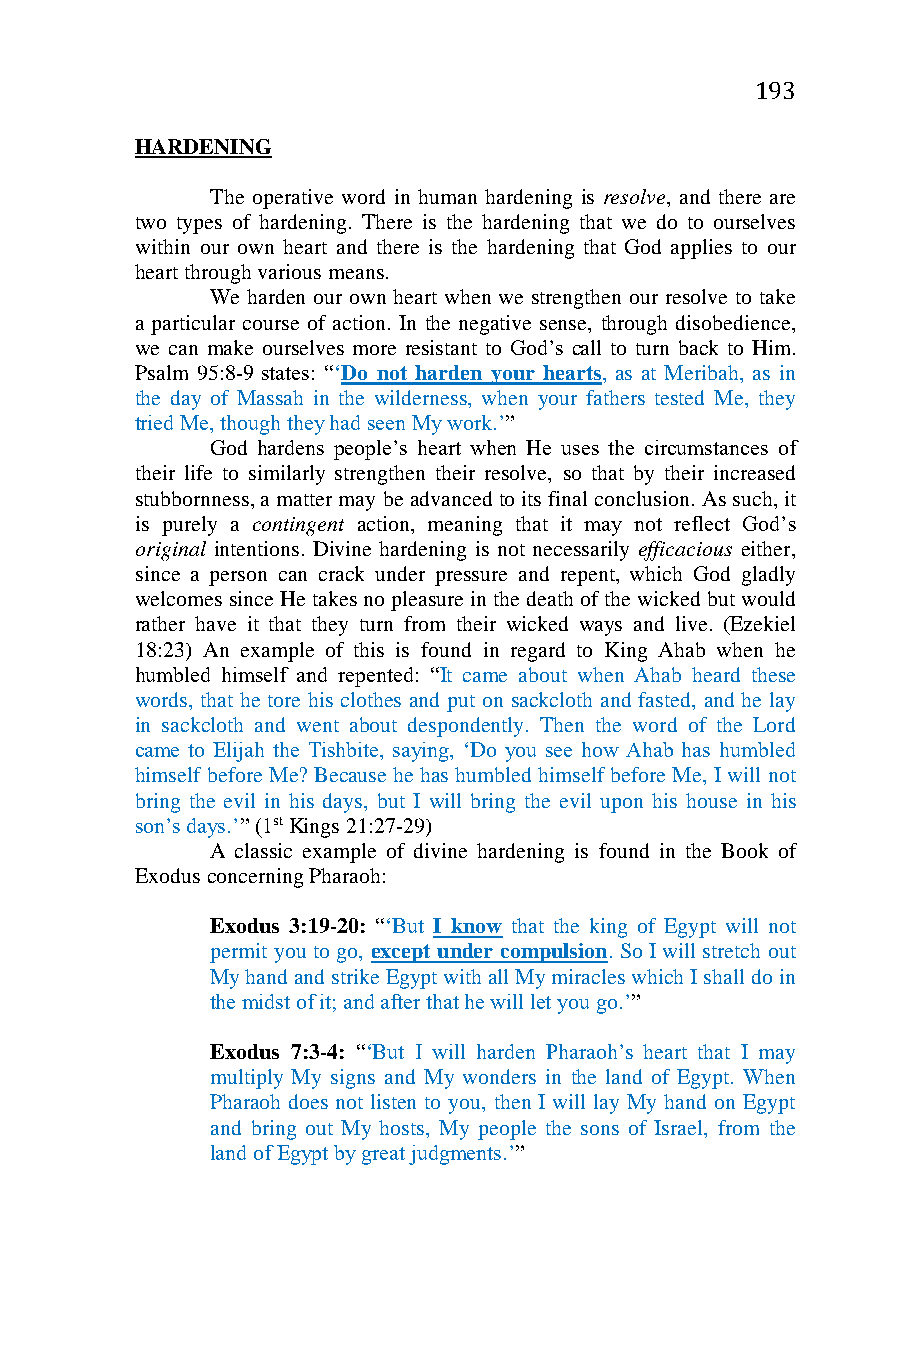
193
 HARDENING
 The operative word in human hardening is resolve, and there are
 two types of hardening. There is the hardening that we do to ourselves
 within our own heart and there is the hardening that God applies to our
 heart through various means.
 We harden our own heart when we strengthen our resolve to take
 a particular course of action. In the negative sense, through disobedience,
 we can make ourselves more resistant to God’s call to turn back to Him.
 Psalm 95:8-9 states: “‘Do not harden your hearts, as at Meribah, as in
 the day of Massah in the wilderness, when your fathers tested Me, they
 tried Me, though they had seen My work.’”
 God hardens people’s heart when He uses the circumstances of
 their life to similarly strengthen their resolve, so that by their increased
 stubbornness, a matter may be advanced to its final conclusion. As such, it
 is purely a contingent action, meaning that it may not reflect God’s
 original intentions. Divine hardening is not necessarily efficacious either,
 since a person can crack under pressure and repent, which God gladly
 welcomes since He takes no pleasure in the death of the wicked but would
 rather have it that they turn from their wicked ways and live. (Ezekiel
 18:23) An example of this is found in regard to King Ahab when he
 humbled himself and repented: “It came about when Ahab heard these
 words, that he tore his clothes and put on sackcloth and fasted, and he lay
 in sackcloth and went about despondently. Then the word of the Lord
 came to Elijah the Tishbite, saying, ‘Do you see how Ahab has humbled
 himself before Me? Because he has humbled himself before Me, I will not
 bring the evil in his days, but I will bring the evil upon his house in his
 son’s days.’” (1st Kings 21:27-29)
 A classic example of divine hardening is found in the Book of
 Exodus concerning Pharaoh:
 Exodus 3:19-20: “‘But I know that the king of Egypt will not
 permit you to go, except under compulsion. So I will stretch out
 My hand and strike Egypt with all My miracles which I shall do in
 the midst of it; and after that he will let you go.’”
 Exodus 7:3-4: “‘But I will harden Pharaoh’s heart that I may
 multiply My signs and My wonders in the land of Egypt. When
 Pharaoh does not listen to you, then I will lay My hand on Egypt
 and bring out My hosts, My people the sons of Israel, from the
 land of Egypt by great judgments.’”